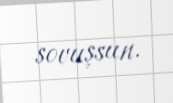
sovuşsun.